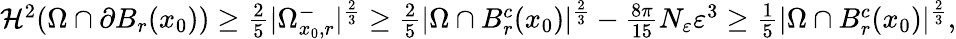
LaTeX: \begin{array}{r}{\mathcal{H}^{2}(\Omega\cap\partial B_{r}(x_{0}))\geq\frac{2}{5}|\Omega_{x_{0},r}^{-}|^{\frac{2}{3}}\geq\frac 25|\Omega\cap B_{r}^{c}(x_{0})|^{\frac{2}{3}}-{\frac{8\pi}{15}}N_{\varepsilon}\varepsilon^{3}\geq\frac{1}{5}|\Omega\cap B_{r}^{c}(x_{0})|^{\frac{2}{3}},}\end{array}